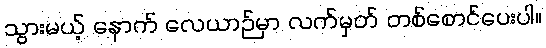
သွားမယ့် နောက် လေယာဉ်မှာ လက်မှတ် တစ်စောင်ပေးပါ။